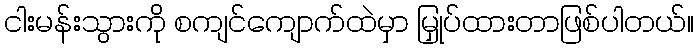
ငါးမန်းသွားကို စကျင်ကျောက်ထဲမှာ မြှုပ်ထားတာဖြစ်ပါတယ်။